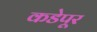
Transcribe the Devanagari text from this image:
कडेपूर